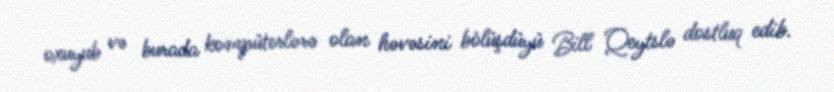
oxuyub və burada kompüterlərə olan həvəsini bölüşdüyü Bill Qeytslə dostluq edib.